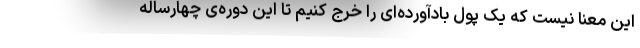
این معنا نیست که یک پول بادآورده‌ای را خرج کنیم تا این دوره‌ی چهارساله